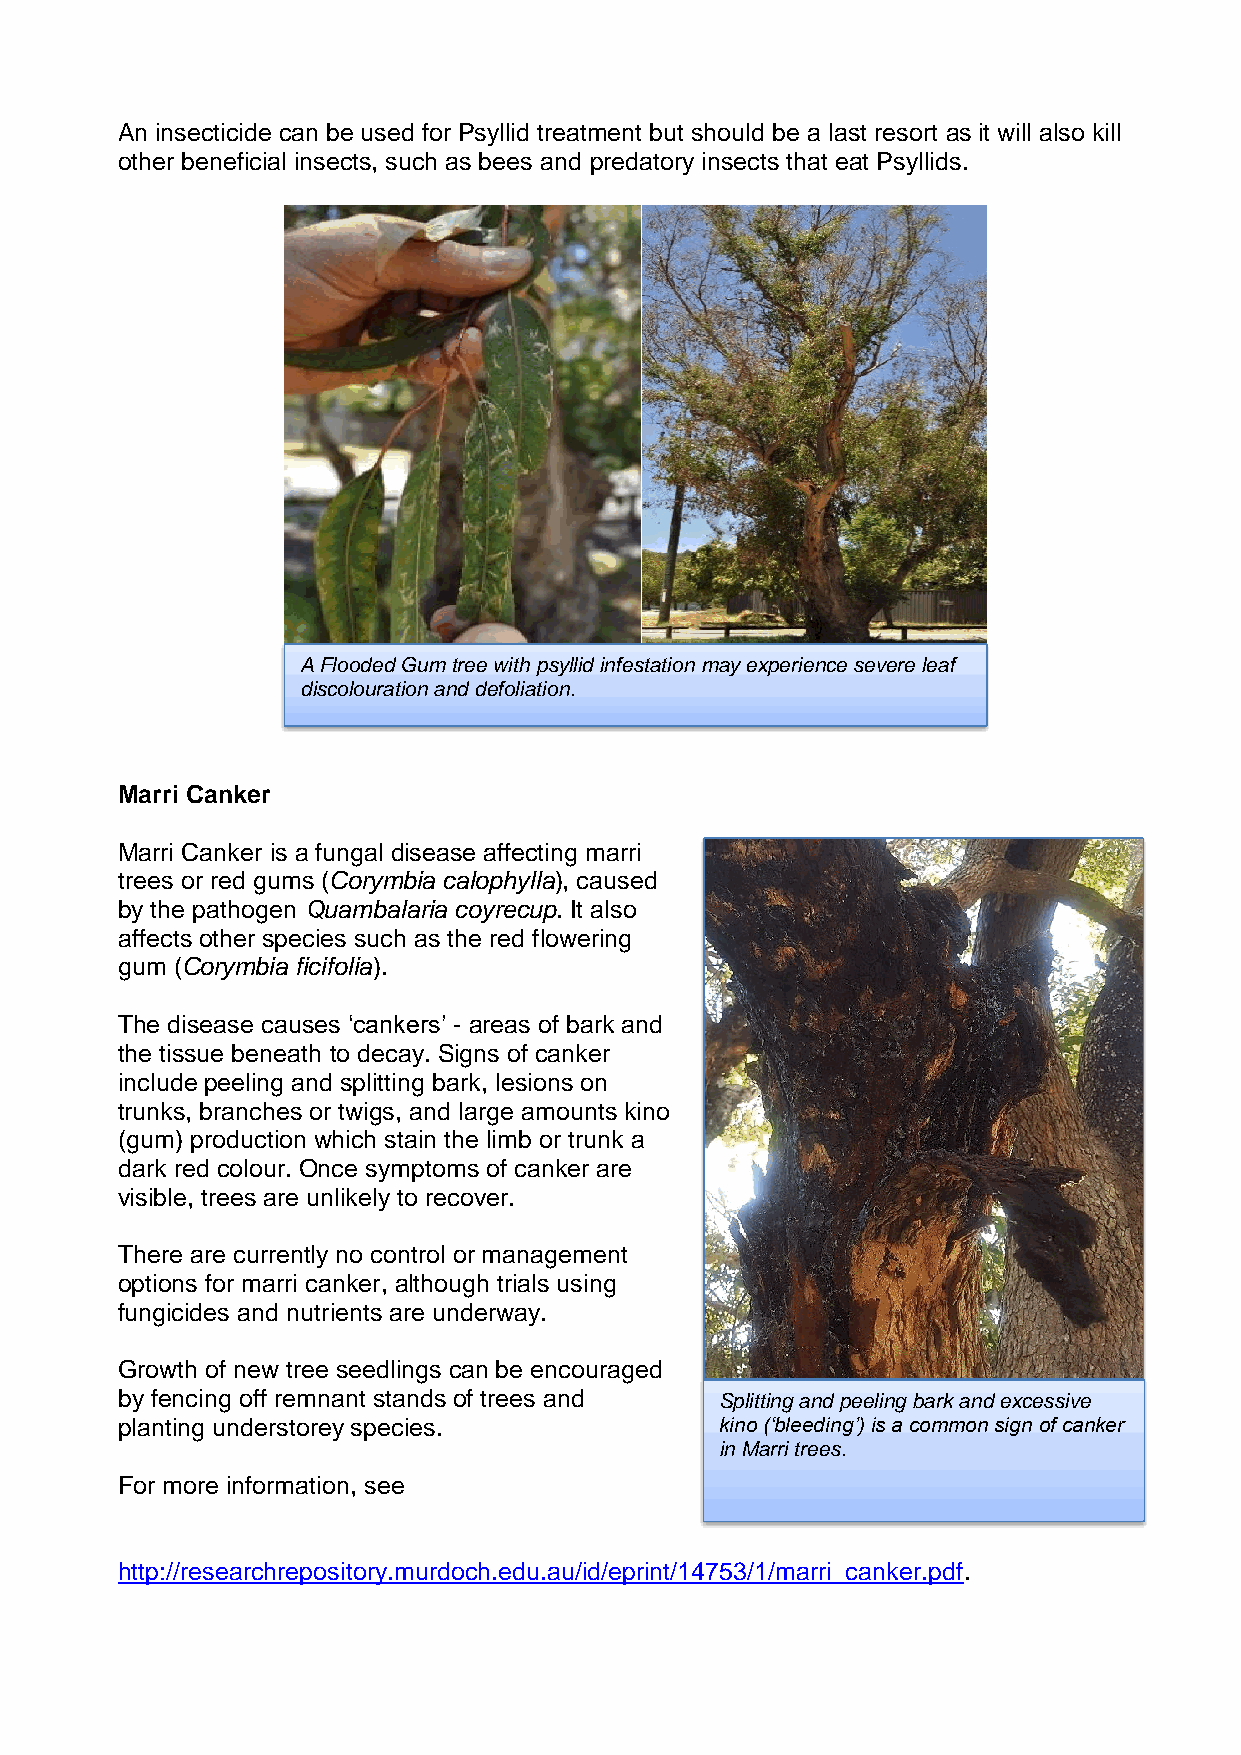
An insecticide can be used for Psyllid treatment but should be a last resort as it will also kill
 other beneficial insects, such as bees and predatory insects that eat Psyllids.
 A Flooded Gum tree with psyllid infestation may experience severe leaf
 discolouration and defoliation.
 Marri Canker
 Marri Canker is a fungal disease affecting marri
 trees or red gums (Corymbia calophylla), caused
 by the pathogen Quambalaria coyrecup. It also
 affects other species such as the red flowering
 gum (Corymbia ficifolia).
 The disease causes ‘cankers’ - areas of bark and
 the tissue beneath to decay. Signs of canker
 include peeling and splitting bark, lesions on
 trunks, branches or twigs, and large amounts kino
 (gum) production which stain the limb or trunk a
 dark red colour. Once symptoms of canker are
 visible, trees are unlikely to recover.
 There are currently no control or management
 options for marri canker, although trials using
 fungicides and nutrients are underway.
 Growth of new tree seedlings can be encouraged
 by fencing off remnant stands of trees and Splitting and peeling bark and excessive
 planting understorey species.           kino (‘bleeding’) is a common sign of canker
 in Marri trees.
 For more information, see
 http://researchrepository.murdoch.edu.au/id/eprint/14753/1/marri_canker.pdf.